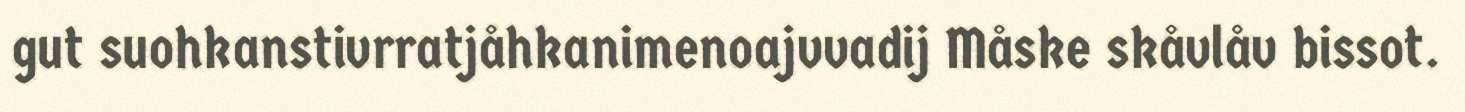
gut suohkanstivrratjåhkanimenoajvvadij Måske skåvlåv bissot.